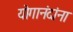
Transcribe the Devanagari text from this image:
योगानंदांना